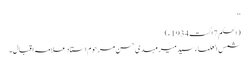
‘‘
(الحکم 7اگست1934ء)
شمس العلماء سید میر مہدی حسن مرحوم استاد علامہ اقبال۔